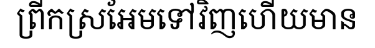
ព្រីកស្រអែមទៅវិញហើយមាន